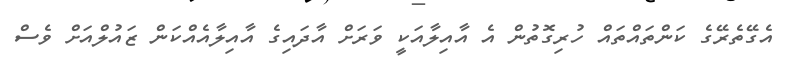
އެގޭތެރޭގެ ކަންތައްތައް ހުރިގޮތުން އެ އާއިލާއަކީ ވަރަށް އާދައިގެ އާއިލާއެއްކަން ޒައުލްއަށް ވެސް